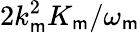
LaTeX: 2k_{\mathsf{m}}^{2}K_{\mathsf{m}}/\omega_{\mathsf{m}}